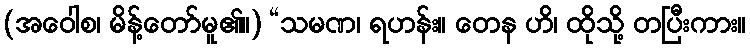
(အဝေါစ၊ မိန့်တော်မူ၏။) “သမဏ၊ ရဟန်း။ တေန ဟိ၊ ထိုသို့ တပြီးကား။